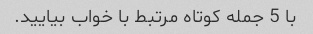
با 5 جمله کوتاه مرتبط با خواب بیایید.